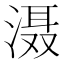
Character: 滠